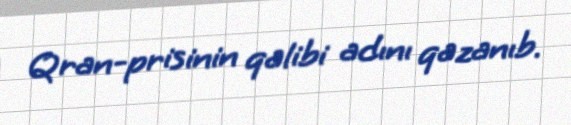
Qran-prisinin qalibi adını qazanıb.